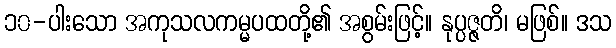
၁၀-ပါးသော အကုသလကမ္မပထတို့၏ အစွမ်းဖြင့်။ နုပ္ပဇ္ဇတိ၊ မဖြစ်။ ဒသ